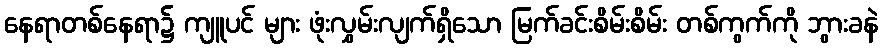
နေရာတစ်နေရာ၌ ကျူပင် များ ဖုံးလွှမ်းလျက်ရှိသော မြက်ခင်းစိမ်းစိမ်း တစ်ကွက်ကို ဘွားခနဲ